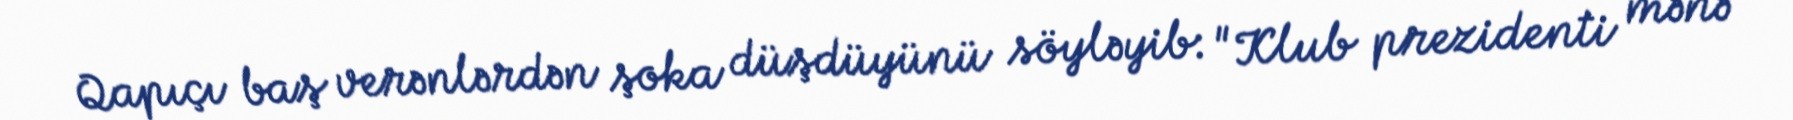
Qapıçı baş verənlərdən şoka düşdüyünü söyləyib: "Klub prezidenti mənə